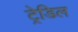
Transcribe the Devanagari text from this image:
ट्रेडिल